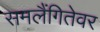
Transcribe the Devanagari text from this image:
समलैंगितेवर